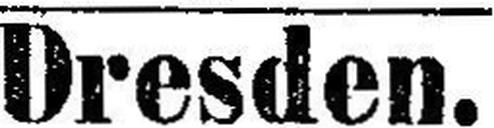
Dresden.